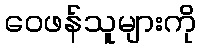
ဝေဖန်သူများကို